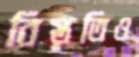
বিস্তৃতিও